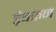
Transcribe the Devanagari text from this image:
ड़ंबरून